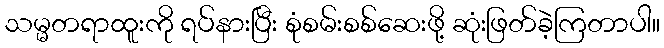
သမ္မတရာထူးကို ရပ်နားပြီး စုံစမ်းစစ်ဆေးဖို့ ဆုံးဖြတ်ခဲ့ကြတာပါ။